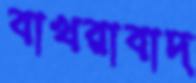
বাখরাবাদ